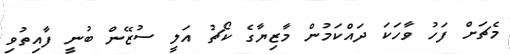
މެޗަށް ފަހު ވާހަކަ ދައްކަމުން މާޒިޔާގެ ކޯޗު އަލީ ސުޒޭން ބުނީ ފާއިތުވި